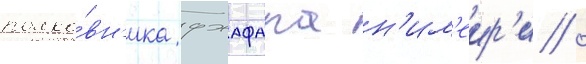
полко́вн'ика джафара н'им'еир'и /